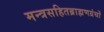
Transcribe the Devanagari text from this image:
मन्त्रसहितब्राह्मणग्रंथों